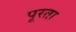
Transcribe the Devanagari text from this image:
पूरता